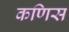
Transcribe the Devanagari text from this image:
कणिस